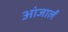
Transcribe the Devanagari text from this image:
आंजार्लं